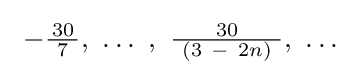
\ -{\tfrac {30}{\ 7\ }},\ \ldots \ ,\ {\tfrac {30}{\ \left(3\ -\ 2n\right)\ }},\ \ldots \